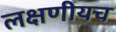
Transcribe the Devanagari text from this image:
लक्षणीयच